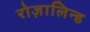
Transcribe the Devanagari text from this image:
रोज़ालिन्ड